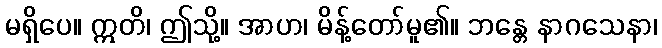
မရှိပေ။ ဣတိ၊ ဤသို့။ အာဟ၊ မိန့်တော်မူ၏။ ဘန္တေ နာဂသေနာ၊